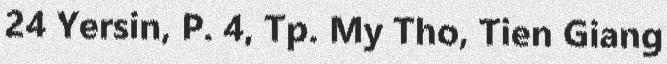
24 Yersin, P. 4, Tp. My Tho, Tien Giang